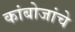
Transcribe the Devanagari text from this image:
कांबोजांचे